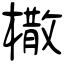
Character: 橵